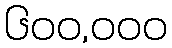
၆၀၀,၀၀၀